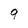
Character: q